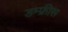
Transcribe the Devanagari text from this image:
डम्फ्रीस